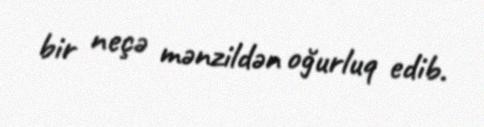
bir neçə mənzildən oğurluq edib.